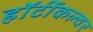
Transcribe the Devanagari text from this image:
हॉर्टीकल्चर